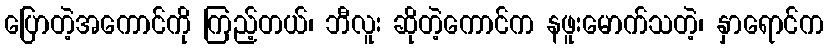
ပြောတဲ့အကောင်ကို ကြည့်တယ်၊ ဘီလူး ဆိုတဲ့ကောင်က နဖူးမောက်သတဲ့၊ နှာရောင်က